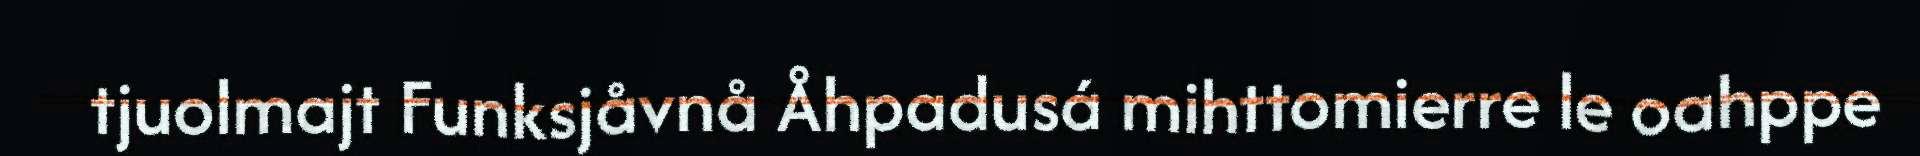
tjuolmajt Funksjåvnå Åhpadusá mihttomierre le oahppe